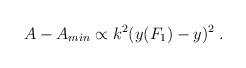
LaTeX: \begin{align*}A - A_{min} \propto k^2 (y(F_1) - y)^2 \; .\end{align*}